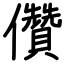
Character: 儹